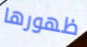
ظهورها